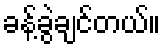
ခန့်ခွဲချင်တယ်။